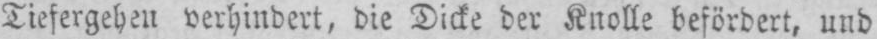
Tiefergehen verhindert, die Dicke der Knolle befördert, und